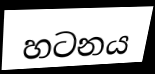
හටනය